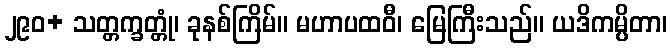
၂၉၀+ သတ္တက္ခတ္တုံ၊ ခုနစ်ကြိမ်။ မဟာပထဝီ၊ မြေကြီးသည်။ ယဒိကမ္ပိတာ၊